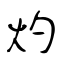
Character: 灼